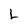
Character: L